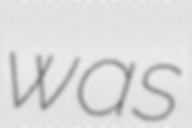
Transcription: was